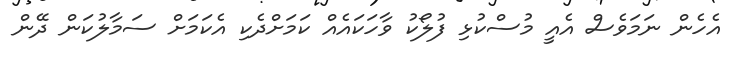
އެހެން ނަމަވެސް އެއީ މުސްކުޅި ފުލޯކު ވާހަކައެއް ކަމަށްދެކި އެކަމަށް ސަމާލުކަން ދޭން